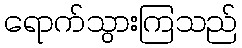
ရောက်သွားကြသည်